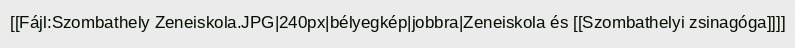
[[Fájl:Szombathely Zeneiskola.JPG|240px|bélyegkép|jobbra|Zeneiskola és [[Szombathelyi zsinagóga]]]]